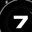
Digit: 7